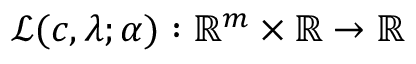
\mathcal { L } ( \boldsymbol { c } , \lambda ; \alpha ) : \mathbb { R } ^ { m } \times \mathbb { R } \rightarrow \mathbb { R }